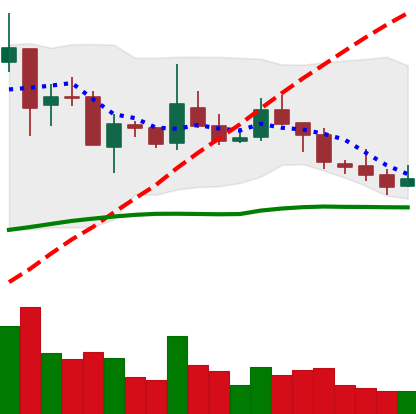
Ticker: TRX-USD
Chart end date: 2019-02-15
Forward return: 4.872%
Label: up_3_5